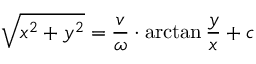
{ \sqrt { x ^ { 2 } + y ^ { 2 } } } = { \frac { v } { \omega } } \cdot \arctan { \frac { y } { x } } + c